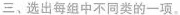
三、选出每组中不同类的一项.